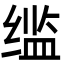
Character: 䍀